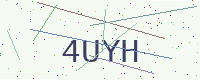
Text: 4UYH